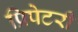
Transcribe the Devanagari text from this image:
प्रिपेटरी